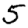
Digit: 5